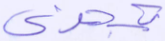
تجزي